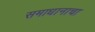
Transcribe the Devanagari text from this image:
समाधानाचा